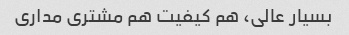
بسیار عالی، هم کیفیت هم مشتری مداری